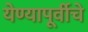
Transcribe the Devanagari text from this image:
येण्यापूर्वीचे